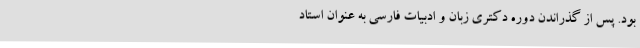
بود. پس از گذراندن دوره دکتری زبان و ادبیات فارسی به عنوان استاد